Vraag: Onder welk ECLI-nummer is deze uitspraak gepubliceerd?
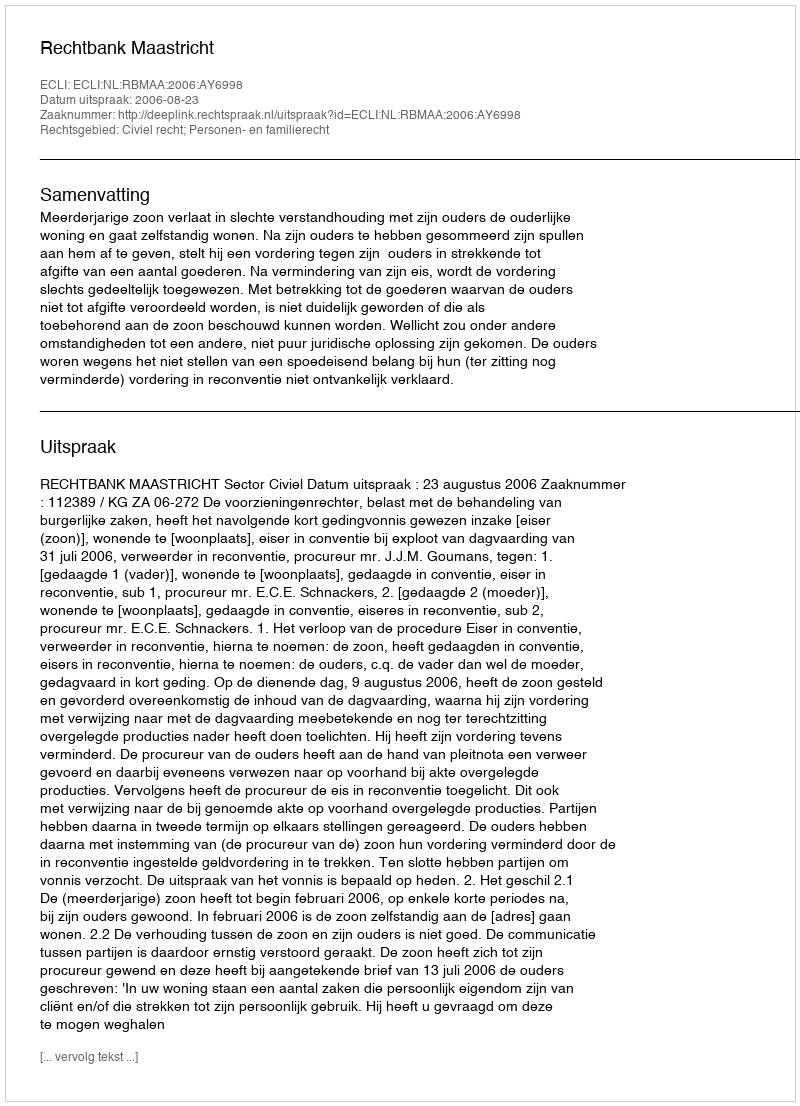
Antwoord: ECLI:NL:RBMAA:2006:AY6998